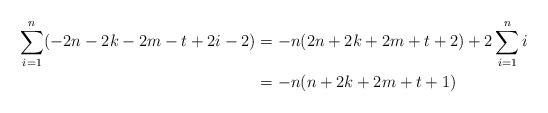
LaTeX: \begin{align*} \sum_{i=1}^n (-2n-2k-2m-t+2i-2) &= -n(2n+2k+2m+t+2) +2\sum_{i=1}^n i \\ &= -n(n+2k+2m+t+1) \end{align*}